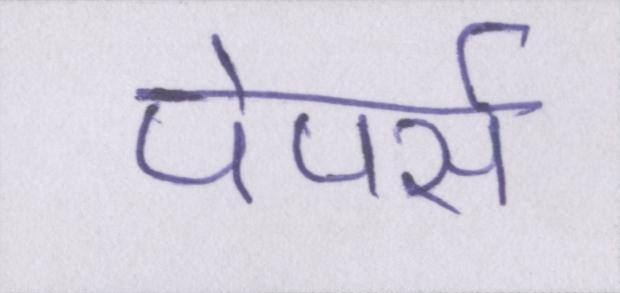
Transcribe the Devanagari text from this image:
पेपर्स